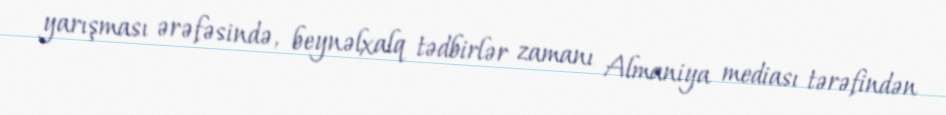
yarışması ərəfəsində, beynəlxalq tədbirlər zamanı Almaniya mediası tərəfindən